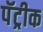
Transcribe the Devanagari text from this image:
पॅट्रीक